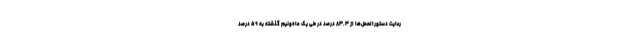
رعایت دستورالعمل‌ها از ۸۳.۳ درصد در طی یک ماه‌ونیم گذشته به ۵۹ درصد